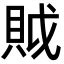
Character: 𧵝